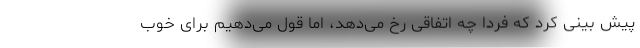
پیش بینی کرد که فردا چه اتفاقی رخ می‌دهد، اما قول می‌دهیم برای خوب